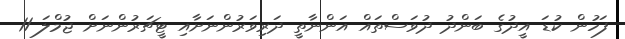
ފަހުން ކުޑަ އީދުގެ ބަންދު ދުވަަސްތައް އަންނާތީ ދަރިވަރުންނަށާއި ޓީޗަރުންނަށް ޖުމްލަ 11